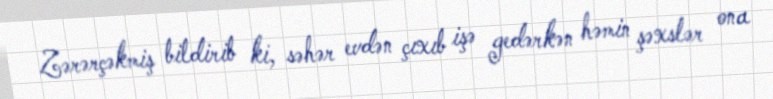
Zərərçəkmiş bildirib ki, səhər evdən çıxıb işə gedərkən həmin şəxslər ona